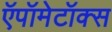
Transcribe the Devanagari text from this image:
ऍपॉमेटॉक्स